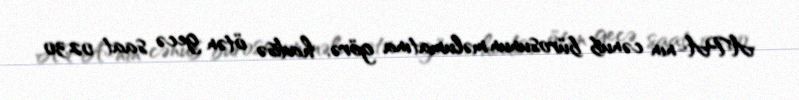
APA-nın cənub bürosunun məlumatına görə, hadisə ötən gecə saat 02.30